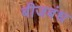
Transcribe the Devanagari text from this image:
बीजबंध